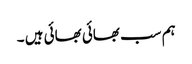
ہم سب بھائی بھائی ہیں ۔